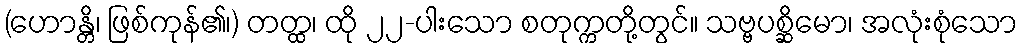
(ဟောန္တိ၊ ဖြစ်ကုန်၏၊) တတ္ထ၊ ထို ၂၂-ပါးသော စတုက္ကတို့တွင်။ သဗ္ဗပစ္ဆိမော၊ အလုံးစုံသော